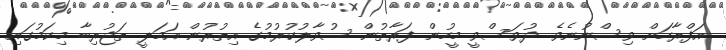
އަފްރާހަށް ވިސްނުނެވެ. ދުވަސްވީ މީހުން ފަރާތުން ސުވާލުކުރުމުގެ އިތުރުން އަމަލީ ތަޖުރިބާ މިކަމުގައި